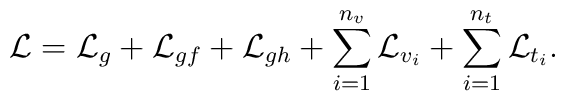
{\cal L}={\cal L}_g+{\cal L}_{gf}+{\cal L}_{gh}+\sum_{i=1}^{n_v}{\cal L}_{v_i}+\sum_{i=1}^{n_t}{\cal L}_{t_i}.